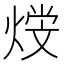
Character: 𤋩